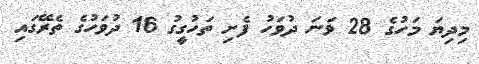
މިދިޔަ މަހުގެ 28 ވަނަ ދުވަހު ފެށި ތަހުގީގު 16 ދުވަހުގެ ތެރޭގައި